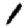
Digit: 1